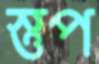
স্তুপ